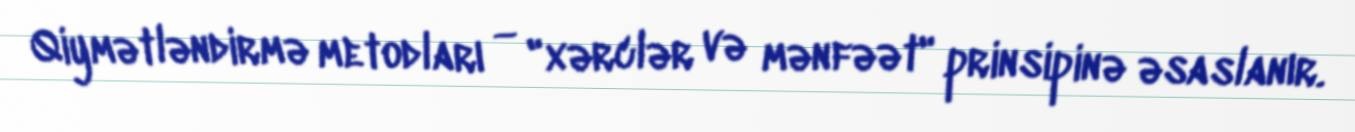
Qiymətləndirmə metodları — "xərclər və mənfəət" prinsipinə əsaslanır.